Document type: Testament
Year: 1300
Scribe: Bonanat d'Esparreguera
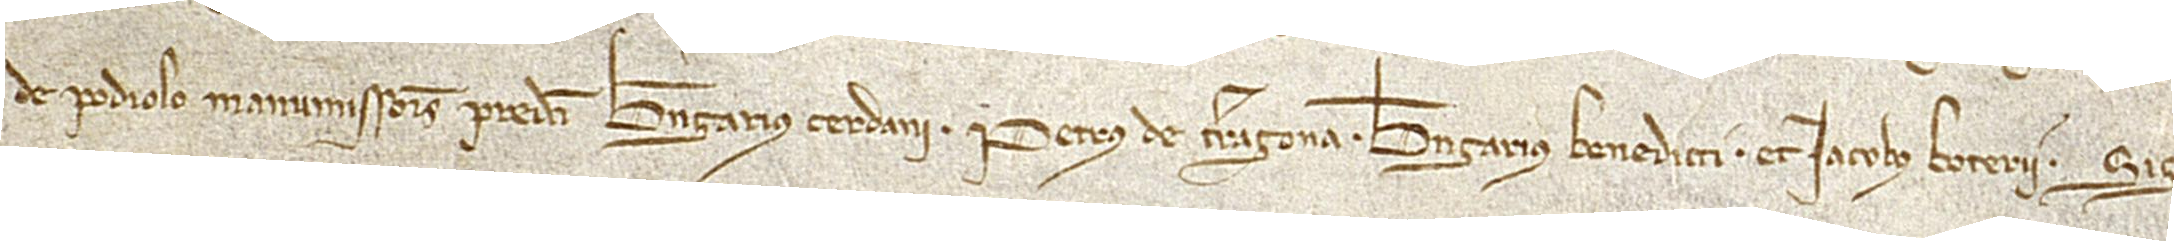
de Podiolo, manumissores predicti, Berengarius Cerdani, Petrus de Terragona, Berengarius Benedicti et Iacobus Boterii. Sig